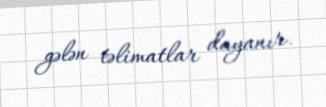
gələn təlimatlar dayanır.